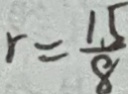
r = \frac { 1 5 } { 8 }